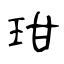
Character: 玵